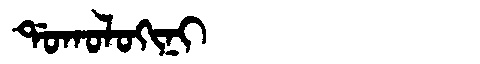
Manchu: ᡩᠣᡴᠣᠯᠣᡴᡳᠨᡳ
Romanization: DOKOLOKINI